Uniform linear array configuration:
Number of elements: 4
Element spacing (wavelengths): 1
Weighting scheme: exponential
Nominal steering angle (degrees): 60
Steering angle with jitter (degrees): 59.988
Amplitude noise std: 0.05
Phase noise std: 0.05

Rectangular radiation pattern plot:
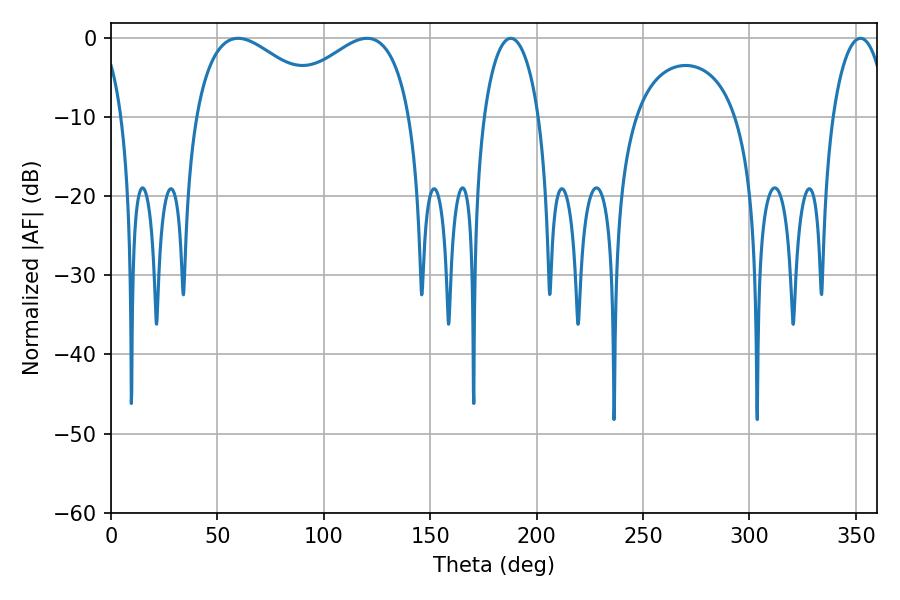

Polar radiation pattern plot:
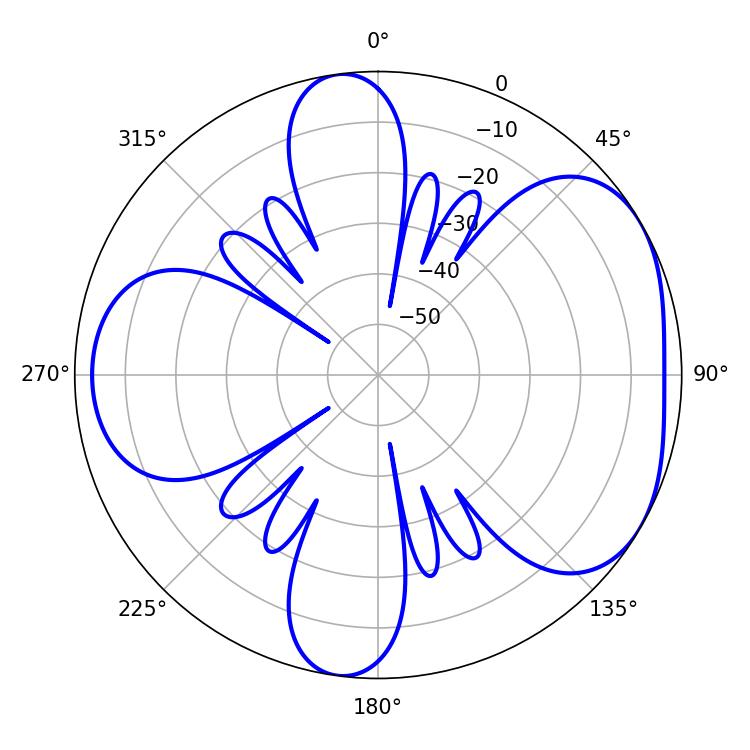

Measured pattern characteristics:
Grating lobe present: TRUE
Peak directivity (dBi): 4.626
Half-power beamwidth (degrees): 35.28
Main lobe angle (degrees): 59.76